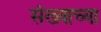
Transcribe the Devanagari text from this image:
संख्याच्या